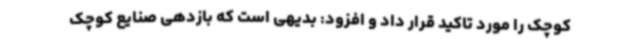
کوچک را مورد تاکید قرار داد و افزود: بدیهی است که بازدهی صنایع کوچک